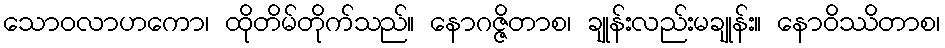
သောဝလာဟကော၊ ထိုတိမ်တိုက်သည်။ နောဂဇ္ဇိတာစ၊ ချုန်းလည်းမချုန်း။ နောဝိဿိတာစ၊